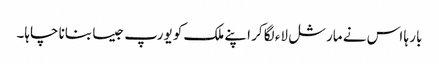
بار ہا اس نے مارشل لاء لگا کر اپنے ملک کو یورپ جیسا بنانا چاہا۔